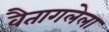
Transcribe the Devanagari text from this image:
वैतागलेला